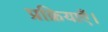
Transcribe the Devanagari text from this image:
प्रक्रियाएँ।